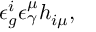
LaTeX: \epsilon _ { g } ^ { i } \epsilon _ { \gamma } ^ { \mu } h _ { i \mu } ,